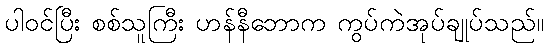
ပါဝင်ပြီး စစ်သူကြီး ဟန်နီဘောက ကွပ်ကဲအုပ်ချုပ်သည်။